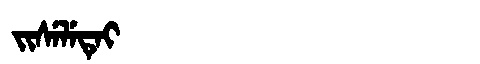
Manchu: ᠵᡳᠰᡝᠯᡝᡨᡝᡳ
Romanization: JISELETEI